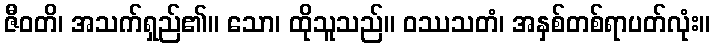
ဇီဝတိ၊ အသက်ရှည်၏။ သော၊ ထိုသူသည်။ ဝဿသတံ၊ အနှစ်တစ်ရာပတ်လုံး။